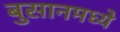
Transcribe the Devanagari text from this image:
बुसानमध्ये